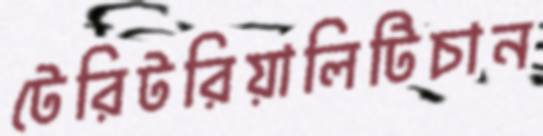
টেরিটরিয়ালিটিচান